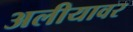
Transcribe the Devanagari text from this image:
अलीयावर